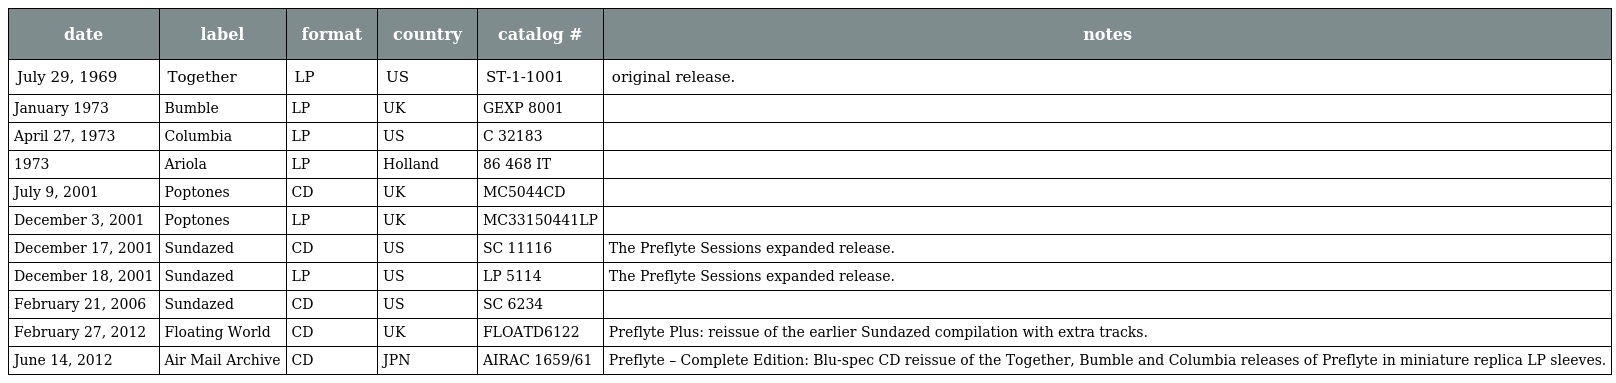
| date | label | format | country | catalog # | notes |
 | --- | --- | --- | --- | --- | --- |
 | July 29, 1969 | Together | LP | US | ST-1-1001 | original release. |
 | January 1973 | Bumble | LP | UK | GEXP 8001 |  |
 | April 27, 1973 | Columbia | LP | US | C 32183 |  |
 | 1973 | Ariola | LP | Holland | 86 468 IT |  |
 | July 9, 2001 | Poptones | CD | UK | MC5044CD |  |
 | December 3, 2001 | Poptones | LP | UK | MC33150441LP |  |
 | December 17, 2001 | Sundazed | CD | US | SC 11116 | The Preflyte Sessions expanded release. |
 | December 18, 2001 | Sundazed | LP | US | LP 5114 | The Preflyte Sessions expanded release. |
 | February 21, 2006 | Sundazed | CD | US | SC 6234 |  |
 | February 27, 2012 | Floating World | CD | UK | FLOATD6122 | Preflyte Plus: reissue of the earlier Sundazed compilation with extra tracks. |
 | June 14, 2012 | Air Mail Archive | CD | JPN | AIRAC 1659/61 | Preflyte – Complete Edition: Blu-spec CD reissue of the Together, Bumble and Columbia releases of Preflyte in miniature replica LP sleeves. |